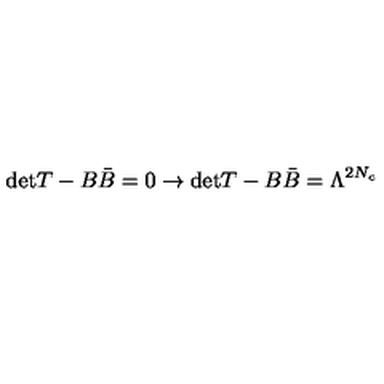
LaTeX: \mathrm { d e t } T - B \bar { B } = 0 \rightarrow \mathrm { d e t } T - B \bar { B } = \Lambda ^ { 2 N _ { c } }